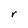
Character: r